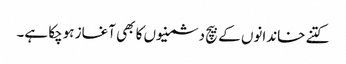
کتنے خاندانوں کے بیچ دشمنیوں کا بھی آغاز ہوچکا ہے۔